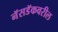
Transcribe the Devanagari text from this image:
नॅसडॅकवरील